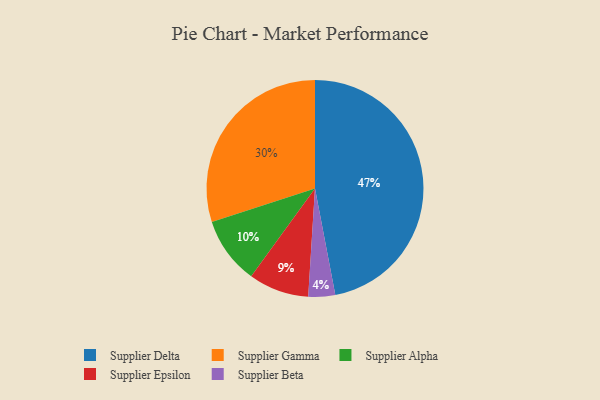
{"axis": {"x": "Category", "y": "Percentage"}, "legend": ["Supplier Alpha", "Supplier Beta", "Supplier Delta", "Supplier Epsilon", "Supplier Gamma"], "data": [{"x": "Supplier Epsilon", "y": 9, "type": "Supplier Epsilon"}, {"x": "Supplier Alpha", "y": 10, "type": "Supplier Alpha"}, {"x": "Supplier Delta", "y": 47, "type": "Supplier Delta"}, {"x": "Supplier Beta", "y": 4, "type": "Supplier Beta"}, {"x": "Supplier Gamma", "y": 30, "type": "Supplier Gamma"}]}